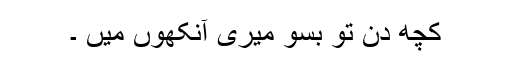
کچھ دن تو بسو میری آنکھوں میں ۔